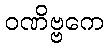
ဝဏိဗ္ဗကေ